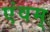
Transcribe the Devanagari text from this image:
एंवम्